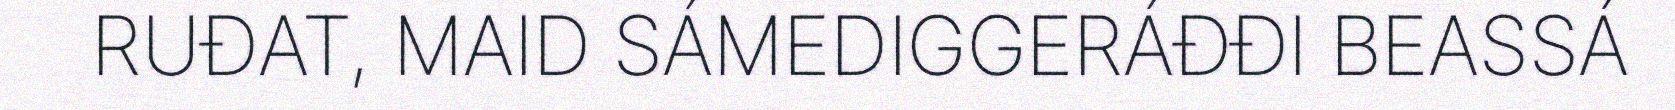
RUĐAT, MAID SÁMEDIGGERÁĐĐI BEASSÁ